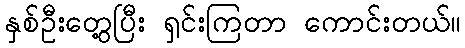
နှစ်ဦးတွေ့ပြီး ရှင်းကြတာ ကောင်းတယ်။